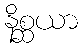
နိစ္ဆယာ